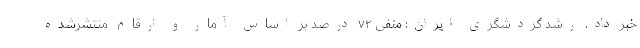
خبر داد. رشد گردشگری ایران: منفی ۷۲ درصد بر اساس آمار و ارقام منتشرشده